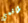
طاقمي